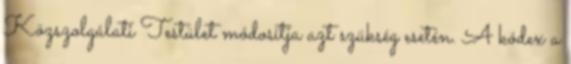
Közszolgálati Testület módosítja azt szükség esetén. A kódex a